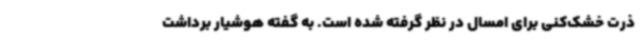
ذرت خشک‌کنی برای امسال در نظر گرفته شده است. به گفته هوشیار برداشت